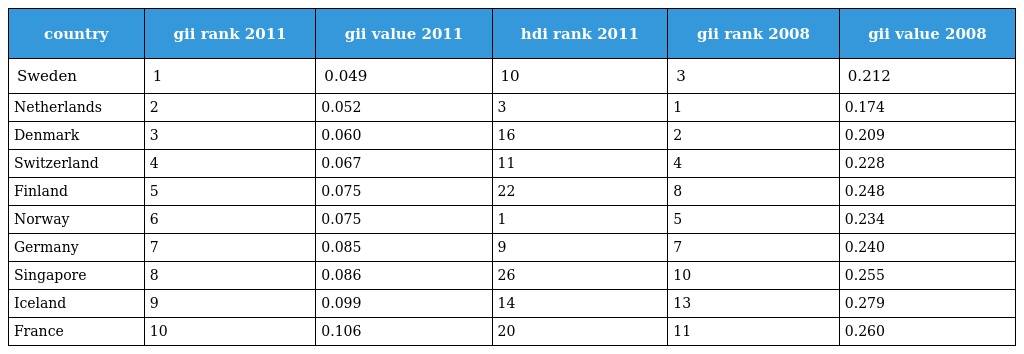
| country | gii rank 2011 | gii value 2011 | hdi rank 2011 | gii rank 2008 | gii value 2008 |
 | --- | --- | --- | --- | --- | --- |
 | Sweden | 1 | 0.049 | 10 | 3 | 0.212 |
 | Netherlands | 2 | 0.052 | 3 | 1 | 0.174 |
 | Denmark | 3 | 0.060 | 16 | 2 | 0.209 |
 | Switzerland | 4 | 0.067 | 11 | 4 | 0.228 |
 | Finland | 5 | 0.075 | 22 | 8 | 0.248 |
 | Norway | 6 | 0.075 | 1 | 5 | 0.234 |
 | Germany | 7 | 0.085 | 9 | 7 | 0.240 |
 | Singapore | 8 | 0.086 | 26 | 10 | 0.255 |
 | Iceland | 9 | 0.099 | 14 | 13 | 0.279 |
 | France | 10 | 0.106 | 20 | 11 | 0.260 |